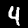
Label: 4